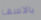
بالاسف